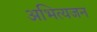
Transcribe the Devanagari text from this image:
अभित्यजन